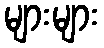
များများ